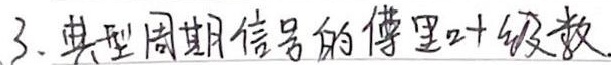
3. 典型周期信号的傅里叶级数